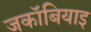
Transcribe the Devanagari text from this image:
जकॉबियाइ